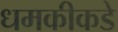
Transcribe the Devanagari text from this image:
धमकीकडे